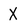
Character: X